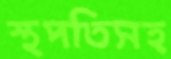
স্থপতিসহ